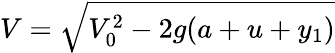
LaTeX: V=\sqrt{V_{0}^{2}-2g(a+u+y_{1})}